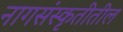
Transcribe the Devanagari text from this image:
नागसंस्कृतीतील